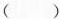
( )